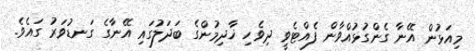
މިއަޅުން އޭނާ ގެންގުޅުއްވާން ފެއްޓެވީ ދިވެހި ޚާދިމުންގެ ބަދަލުގައި އޭނާގެ ގަނޑުވަރު ގައެވެ.